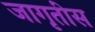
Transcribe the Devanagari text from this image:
जागृतीस